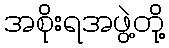
အစိုးရအဖွဲ့တို့